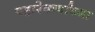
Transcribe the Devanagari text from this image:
पहारेकर्यांच्या